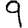
Digit: 9